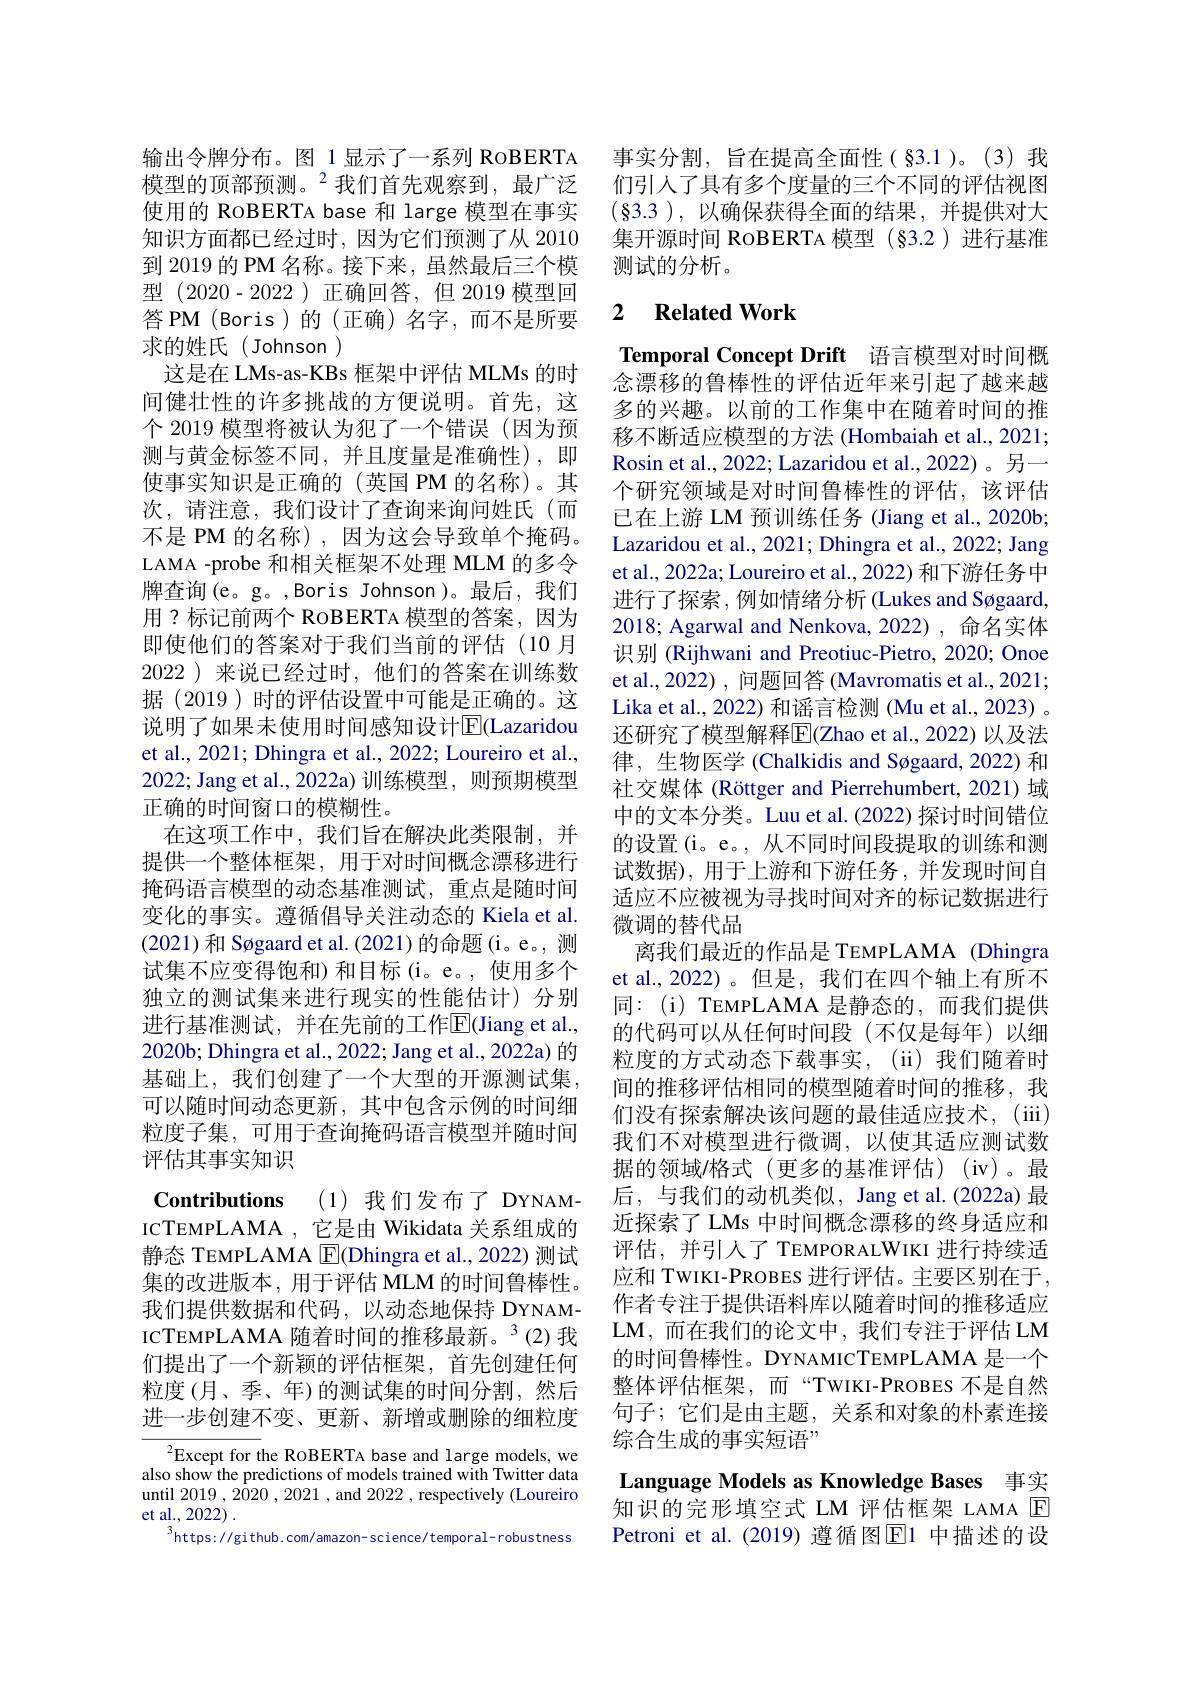
输出令牌分布。图 1显示了一系列 RoBERTA 模型的顶部预测。$^{2}$我们首先观察到，最广泛使用的 RoBERTA base 和 large 模型在事实知识方面都已经过时，因为它们预测了从 2010到 2019 的 PM 名称。接下来，虽然最后三个模型 (2020-2022)正确回答，但 2019 模型回答 PM (Boris)的 (正确)名字，而不是所要求的姓氏(Johnson)
这是在 LMs-as-KBs 框架中评估 MLMs 的时间健壮性的许多挑战的方便说明。首先，这个 2019 模型将被认为犯了一个错误(因为预测与黄金标签不同，并且度量是准确性),即使事实知识是正确的(英国 PM 的名称)。其次，请注意，我们设计了查询来询问姓氏(而不是 PM 的名称),因为这会导致单个掩码。LAMA -probe 和相关框架不处理 MLM 的多令牌查询(e。g。,Boris Johnson)。最后，我们用？标记前两个 RoBERTA 模型的答案，因为即使他们的答案对于我们当前的评估(10 月2022 )来说已经过时，他们的答案在训练数据(2019)时的评估设置中可能是正确的。这说明了如果未使用时间感知设计$\overline{\mathrm{E}}($Lazaridou et al., 2021; Dhingra et al., 2022; Loureiro et al., 2022; Jang et al.,2022a)训练模型，则预期模型正确的时间窗口的模糊性。
在这项工作中，我们旨在解决此类限制，并提供一个整体框架，用于对时间概念漂移进行掩码语言模型的动态基准测试，重点是随时间变化的事实。遵循倡导关注动态的 Kiela et al. (2021)和 Søgaard et al. (2021)的命题(i。e。, 测试集不应变得饱和)和目标(i。e。,使用多个独立的测试集来进行现实的性能估计)分别进行基准测试，并在先前的工作$\overline{\mathrm{E}}($Jiang et al., 2020b; Dhingra et al., 2022; Jang et al., 2022a) 的基础上，我们创建了一个大型的开源测试集， 可以随时间动态更新，其中包含示例的时间细粒度子集，可用于查询掩码语言模型并随时间评估其事实知识
Contributions (1)我们发布了 DYNAMICTEMPLAMA , 它是由 Wikidata 关系组成的静态 TEMPLAMA $\boxed{\mathrm{F}}($Dhingra et al.,2022)测试集的改进版本，用于评估 MLM 的时间鲁棒性。我们提供数据和代码，以动态地保持 DYNAMICTEMPLAMA 随着时间的推移最新。$^3(2)$我们提出了一个新颖的评估框架，首先创建任何粒度(月、季、年)的测试集的时间分割，然后进一步创建不变、更新、新增或删除的细粒度
$^{2}$Except for the ROBERTA base and large models, we also show the predictions of models trained with Twitter data

until 2019,2020,2021,and 2022,respectively(Loureiro
et al., 2022) .
$^{3}$https://github.com/amazon-science/temporal-robustness

事实分割，旨在提高全面性(§3.1)。(3)我们引入了具有多个度量的三个不同的评估视图$(\S3.3)$,以确保获得全面的结果，并提供对大集开源时间 RoBERTA 模型 (§3.2)进行基准测试的分析。

## 2 Related Work

Temporal Concept Drift 语言模型对时间概

念漂移的鲁棒性的评估近年来引起了越来越多的兴趣。以前的工作集中在随着时间的推移不断适应模型的方法 (Hombaiah et al., 2021; Rosin et al., 2022; Lazaridou et al., 2022)。另一个研究领域是对时间鲁棒性的评估，该评估已在上游 LM 预训练任务 (Jiang et al., 2020b; Lazaridou et al., 2021; Dhingra et al., 2022; Jang et al., 2022a; Loureiro et al., 2022) 和下游任务中进行了探索，例如情绪分析 (Lukes and Søgaard, 2018; Agarwal and Nenkova, 2022) , 命名实体识别 (Rijhwani and Preotiuc-Pietro, 2020; Onoe et al., 2022) , 问题回答 (Mavromatis et al., 2021; Lika et al., 2022) 和谣言检测 (Mu et al., 2023) 。还研究了模型解释$\overline{\mathrm{F}}($Zhao et al.,2022)以及法律，生物医学 (Chalkidis and Søgaard, 2022) 和社交媒体 (Röttger and Pierrehumbert, 2021)域中的文本分类。Luu et al.(2022) 探讨时间错位的设置(i。e。, 从不同时间段提取的训练和测试数据),用于上游和下游任务，并发现时间自适应不应被视为寻找时间对齐的标记数据进行微调的替代品
离我们最近的作品是 TEMPLAMA (Dhingra et al., 2022)。但是，我们在四个轴上有所不同：(i)TEMPLAMA 是静态的，而我们提供的代码可以从任何时间段(不仅是每年)以细粒度的方式动态下载事实，(ii)我们随着时间的推移评估相同的模型随着时间的推移，我们没有探索解决该问题的最佳适应技术，(iii) 我们不对模型进行微调，以使其适应测试数据的领域/格式(更多的基准评估)(iv)。最后，与我们的动机类似，Jang et al.(2022a) 最近探索了 LMs 中时间概念漂移的终身适应和评估，并引入了 TEMPORALWIKI 进行持续适应和 TWIKI-PROBES 进行评估。主要区别在于， 作者专注于提供语料库以随着时间的推移适应LM,而在我们的论文中，我们专注于评估 LM 的时间鲁棒性。DYNAMICTEMPLAMA 是一个整体评估框架，而“TWIKI-PROBES 不是自然句子；它们是由主题，关系和对象的朴素连接综合生成的事实短语”
Language Models as Knowledge Bases 事实

知识的完形填空式 LM 评估框架 LAMA E Petroni et al.(2019) 遵循图$\overline{\mathrm{E}}$1 中描述的设